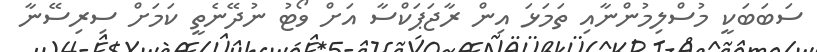
ސަބަބަކީ މުސްލިމުންނާއި ތަމަޅަ އިން ރާޖަޕަކްސާ އަށް ވޯޓު ނުދޭނެތީ ކަމަށް ސިރިސޭނާ